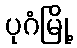
ပုဂံမြို့